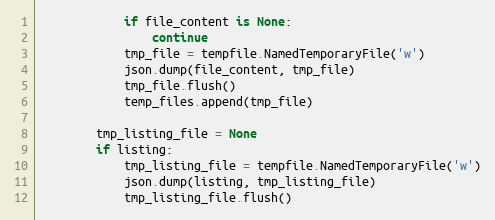
Language: Python
            if file_content is None:
                continue
            tmp_file = tempfile.NamedTemporaryFile('w')
            json.dump(file_content, tmp_file)
            tmp_file.flush()
            temp_files.append(tmp_file)

        tmp_listing_file = None
        if listing:
            tmp_listing_file = tempfile.NamedTemporaryFile('w')
            json.dump(listing, tmp_listing_file)
            tmp_listing_file.flush()